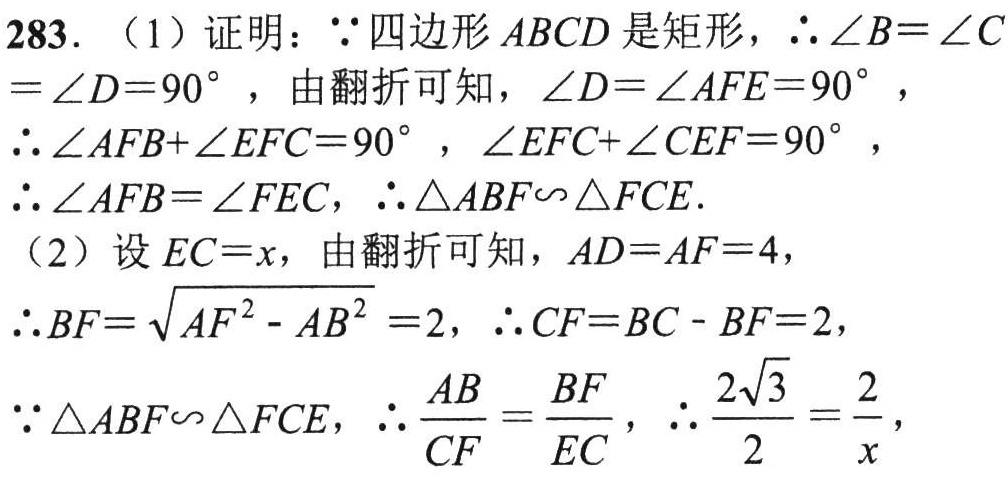
283. （1）证明：\(\because\)四边形\(ABCD\)是矩形，\(\therefore\angle B = \angle C=\angle D = 90^{\circ}\)，由翻折可知，\(\angle D=\angle AFE = 90^{\circ}\)，

\(\therefore\angle AFB+\angle EFC = 90^{\circ}\)，\(\angle EFC+\angle CEF = 90^{\circ}\)，

\(\therefore\angle AFB=\angle FEC\)，\(\therefore\triangle ABF\sim\triangle FCE\).

（2）设\(EC = x\)，由翻折可知，\(AD = AF = 4\)，

\(\therefore BF=\sqrt{AF^{2}-AB^{2}} = 2\)，\(\therefore CF = BC - BF = 2\)，

\(\because\triangle ABF\sim\triangle FCE\)，\(\therefore\frac{AB}{CF}=\frac{BF}{EC}\)，\(\therefore\frac{2\sqrt{3}}{2}=\frac{2}{x}\)